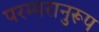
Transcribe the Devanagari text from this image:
परम्परानुरूप